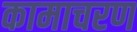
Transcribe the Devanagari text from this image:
कामाचरण